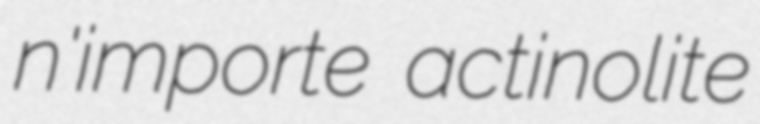
n'importe actinolite